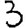
Digit: 3